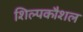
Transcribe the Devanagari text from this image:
शिल्पकौशल